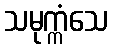
သမုက္ကံသေ